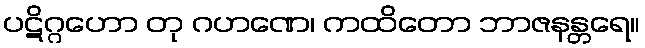
ပဋိဂ္ဂဟော တု ဂဟဏေ၊ ကထိတော ဘာဇနန္တရေ။